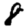
Digit: 8